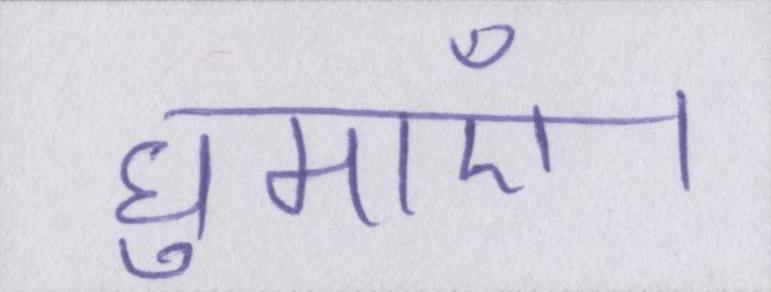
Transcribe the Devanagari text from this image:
घुमाएँ।